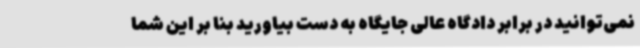
نمی‌توانید در برابر دادگاه عالی جایگاه به دست بیاورید بنا بر این شما